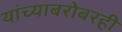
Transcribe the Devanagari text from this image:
यांच्याबरोबरही